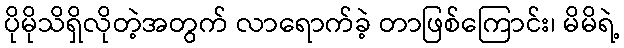
ပိုမိုသိရှိလိုတဲ့အတွက် လာရောက်ခဲ့ တာဖြစ်ကြောင်း၊ မိမိရဲ့